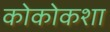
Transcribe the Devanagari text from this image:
कोकोकशा